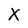
Character: X